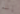
إنه